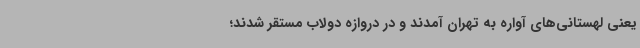
یعنی لهستانی‌های آواره به تهران آمدند و در دروازه دولاب مستقر شدند؛